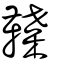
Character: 鞢